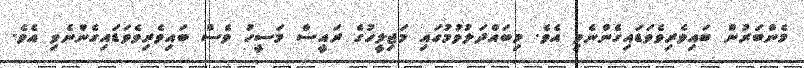
މެންބަރުން ބައިވެރިވެވަޑައިގެންނެވި އެވެ. މިބައްދަލުވުމުގައި މަޖިލީހުގެ ރައީސް މަސީހު ވެސް ބައިވެރިވެވަޑައިގެންނެވި އެވެ.